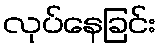
လုပ်နေခြင်း